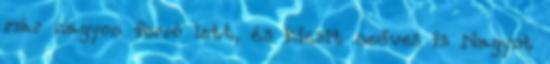
már nagyon forró lett, és kicsit nedves is Nagyot